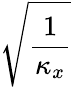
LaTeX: \sqrt{\frac{1}{\kappa_{x}}}